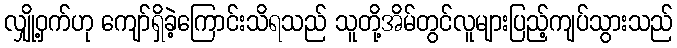
လျှို့ဝှက်ဟု ကျော်ရှိခဲ့ကြောင်းသိရသည် သူတို့အိမ်တွင်လူများပြည့်ကျပ်သွားသည်